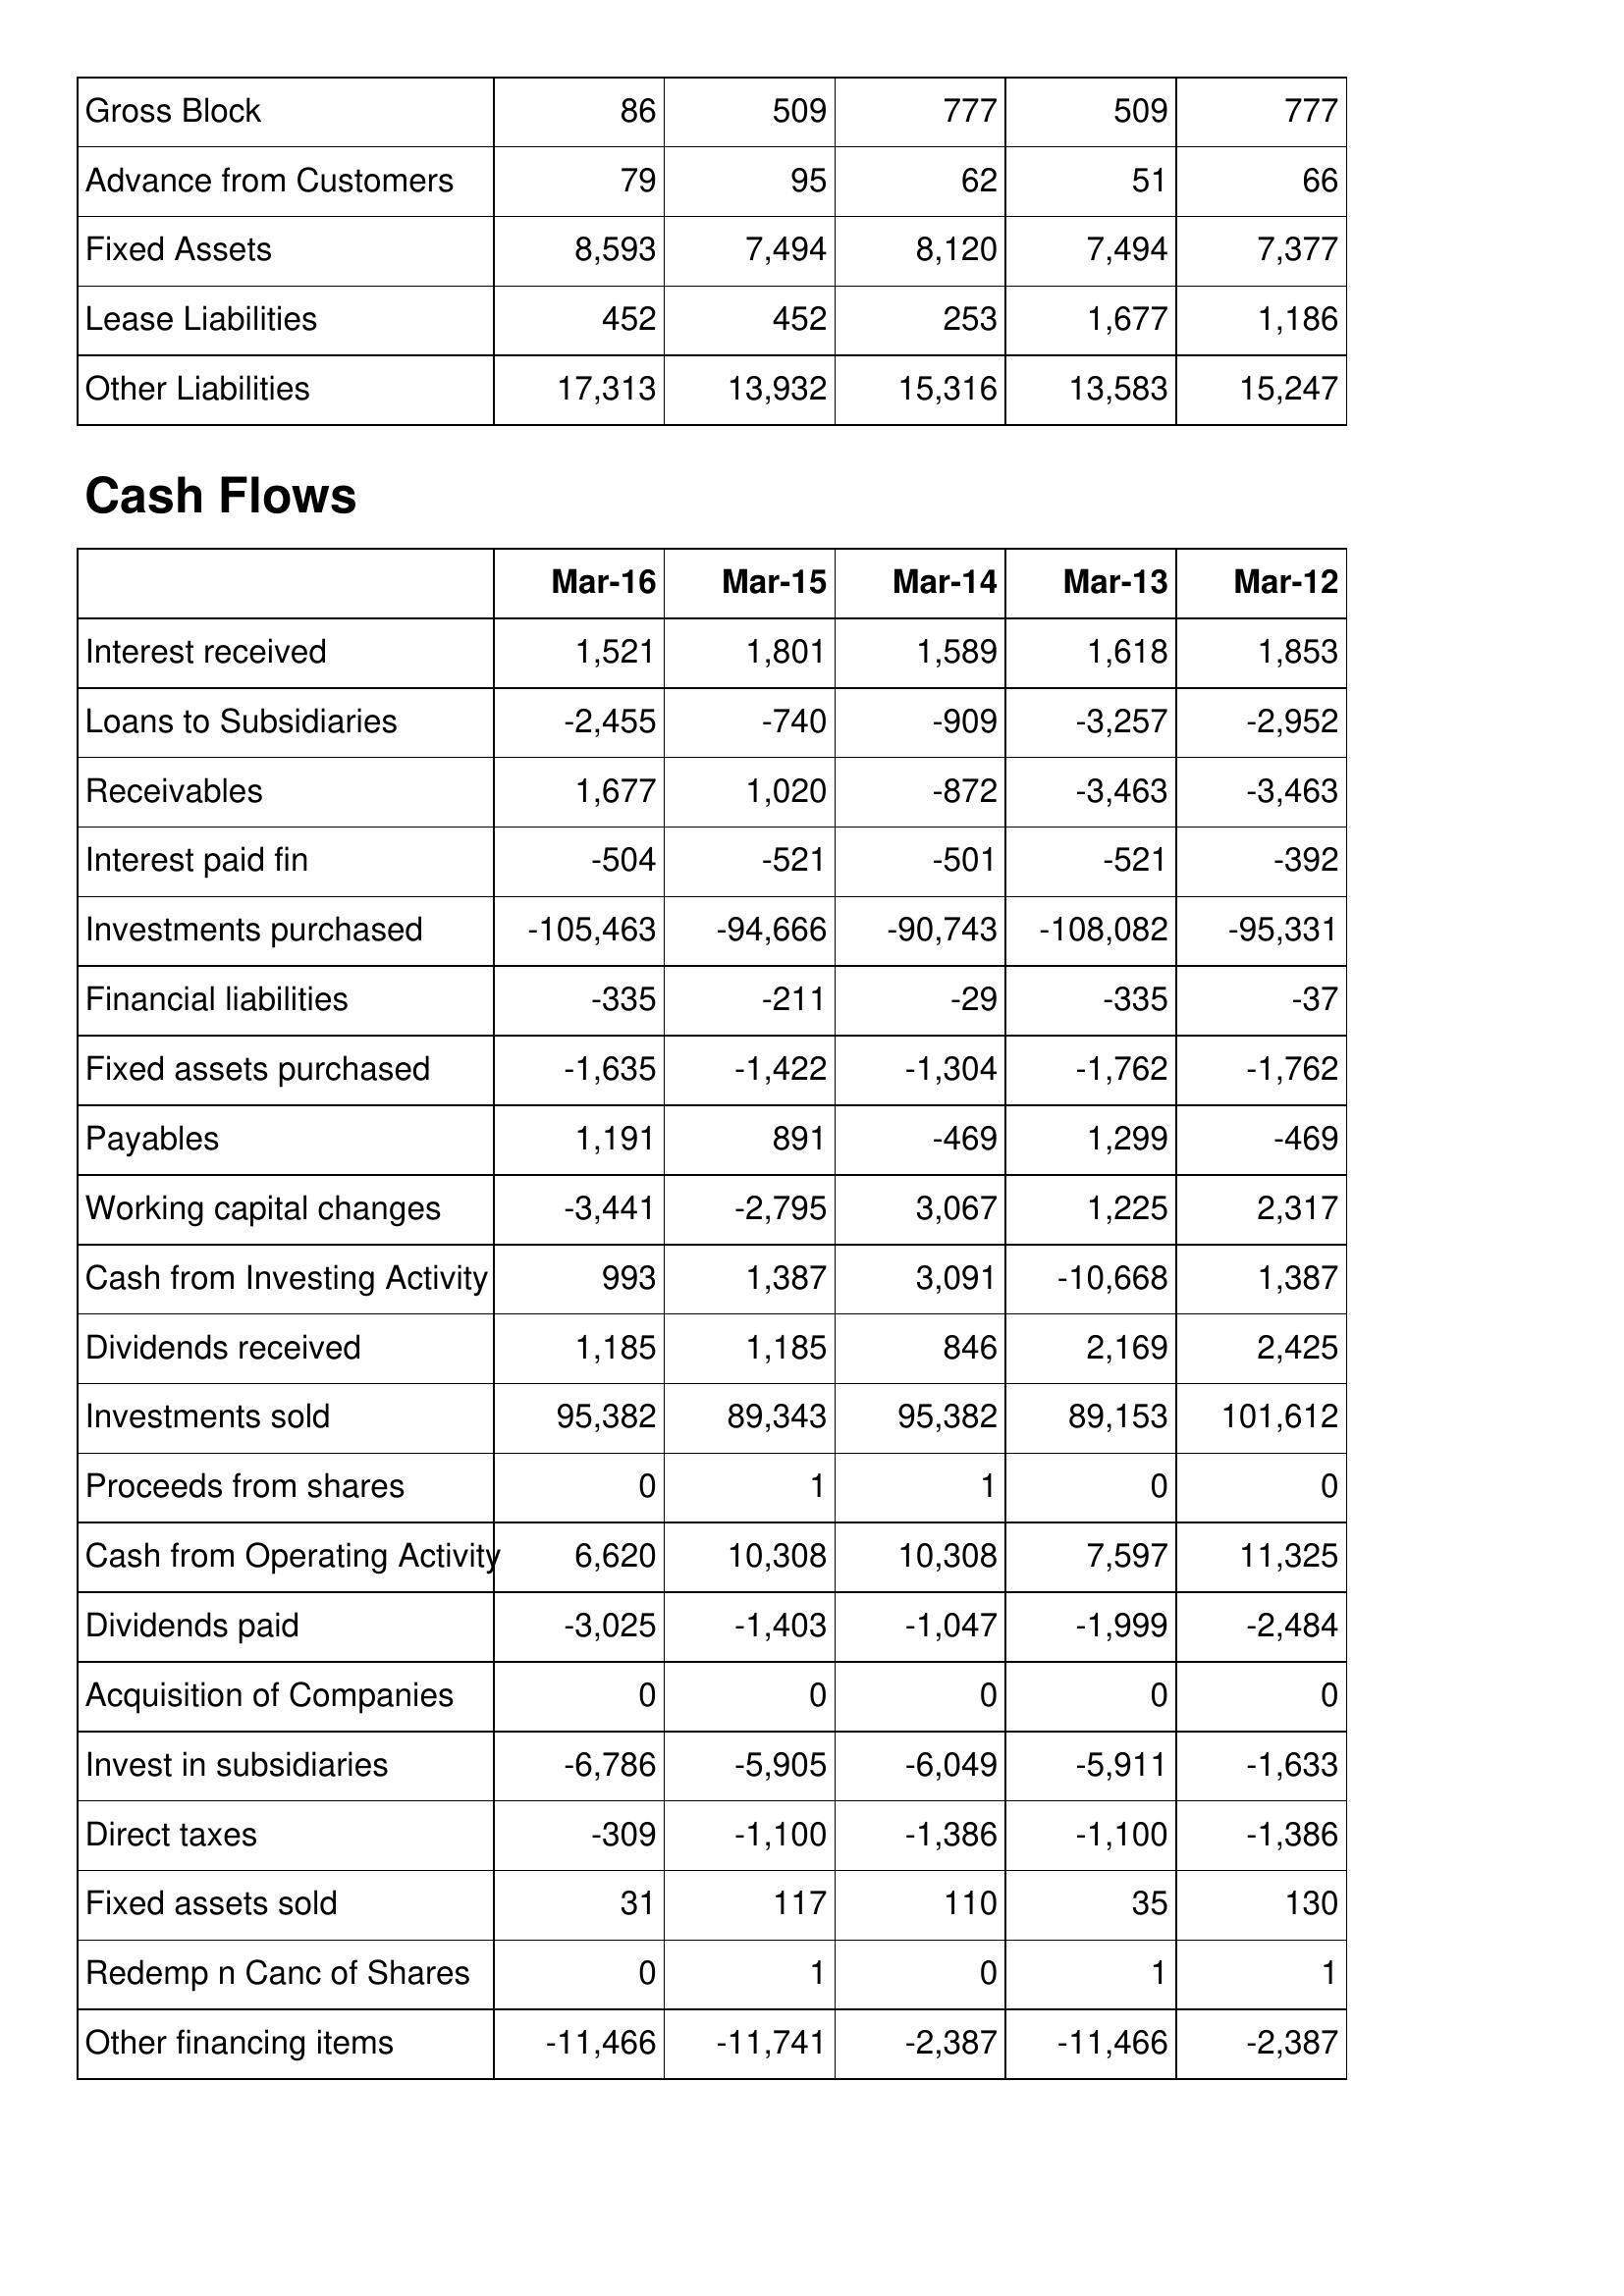
Mar-16: Balance Sheet: Gross Block: 86
Advance from Customers: 79
Fixed Assets: 8,593
Lease Liabilities: 452
Other Liabilities: 17,313
Cash Flows: Interest received: 1,521
Loans to Subsidiaries: -2,455
Receivables: 1,677
Interest paid fin: -504
Investments purchased: -105,463
Financial liabilities: -335
Fixed assets purchased: -1,635
Payables: 1,191
Working capital changes: -3,441
Cash from Investing Activity: 993
Dividends received: 1,185
Investments sold: 95,382
Proceeds from shares: 0
Cash from Operating Activity: 6,620
Dividends paid: -3,025
Acquisition of Companies: 0
Invest in subsidiaries: -6,786
Direct taxes: -309
Fixed assets sold: 31
Redemp n Canc of Shares: 0
Other financing items: -11,466
Mar-15: Balance Sheet: Gross Block: 509
Advance from Customers: 95
Fixed Assets: 7,494
Lease Liabilities: 452
Other Liabilities: 13,932
Cash Flows: Interest received: 1,801
Loans to Subsidiaries: -740
Receivables: 1,020
Interest paid fin: -521
Investments purchased: -94,666
Financial liabilities: -211
Fixed assets purchased: -1,422
Payables: 891
Working capital changes: -2,795
Cash from Investing Activity: 1,387
Dividends received: 1,185
Investments sold: 89,343
Proceeds from shares: 1
Cash from Operating Activity: 10,308
Dividends paid: -1,403
Acquisition of Companies: 0
Invest in subsidiaries: -5,905
Direct taxes: -1,100
Fixed assets sold: 117
Redemp n Canc of Shares: 1
Other financing items: -11,741
Mar-14: Balance Sheet: Gross Block: 777
Advance from Customers: 62
Fixed Assets: 8,120
Lease Liabilities: 253
Other Liabilities: 15,316
Cash Flows: Interest received: 1,589
Loans to Subsidiaries: -909
Receivables: -872
Interest paid fin: -501
Investments purchased: -90,743
Financial liabilities: -29
Fixed assets purchased: -1,304
Payables: -469
Working capital changes: 3,067
Cash from Investing Activity: 3,091
Dividends received: 846
Investments sold: 95,382
Proceeds from shares: 1
Cash from Operating Activity: 10,308
Dividends paid: -1,047
Acquisition of Companies: 0
Invest in subsidiaries: -6,049
Direct taxes: -1,386
Fixed assets sold: 110
Redemp n Canc of Shares: 0
Other financing items: -2,387
Mar-13: Balance Sheet: Gross Block: 509
Advance from Customers: 51
Fixed Assets: 7,494
Lease Liabilities: 1,677
Other Liabilities: 13,583
Cash Flows: Interest received: 1,618
Loans to Subsidiaries: -3,257
Receivables: -3,463
Interest paid fin: -521
Investments purchased: -108,082
Financial liabilities: -335
Fixed assets purchased: -1,762
Payables: 1,299
Working capital changes: 1,225
Cash from Investing Activity: -10,668
Dividends received: 2,169
Investments sold: 89,153
Proceeds from shares: 0
Cash from Operating Activity: 7,597
Dividends paid: -1,999
Acquisition of Companies: 0
Invest in subsidiaries: -5,911
Direct taxes: -1,100
Fixed assets sold: 35
Redemp n Canc of Shares: 1
Other financing items: -11,466
Mar-12: Balance Sheet: Gross Block: 777
Advance from Customers: 66
Fixed Assets: 7,377
Lease Liabilities: 1,186
Other Liabilities: 15,247
Cash Flows: Interest received: 1,853
Loans to Subsidiaries: -2,952
Receivables: -3,463
Interest paid fin: -392
Investments purchased: -95,331
Financial liabilities: -37
Fixed assets purchased: -1,762
Payables: -469
Working capital changes: 2,317
Cash from Investing Activity: 1,387
Dividends received: 2,425
Investments sold: 101,612
Proceeds from shares: 0
Cash from Operating Activity: 11,325
Dividends paid: -2,484
Acquisition of Companies: 0
Invest in subsidiaries: -1,633
Direct taxes: -1,386
Fixed assets sold: 130
Redemp n Canc of Shares: 1
Other financing items: -2,387